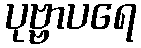
ပုဗ္ဗာပရေ